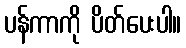
ပန်ကာကို ပိတ်ပေးပါ။